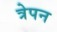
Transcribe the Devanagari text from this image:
त्रेपन